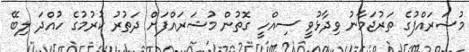
މުޝަރައްފުގެ ތަރުޖަމާނު ވިދާޅުވީ ސިއްހީ ގޮތުން މުޝަރައްފަށް ދަތުރު ކުރުމުގެ ހުއްދަ ލިބޭ